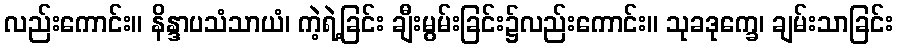
လည်းကောင်း။ နိန္ဒာပသံသာယံ၊ ကဲ့ရဲ့ခြင်း ချီးမွမ်းခြင်း၌လည်းကောင်း။ သုခဒုက္ခေ၊ ချမ်းသာခြင်း